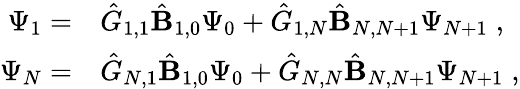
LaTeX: \begin{array}{rl}{\Psi_{1}=}&{{}{\hat{G}}_{1,1}\hat{\mathbf{B}}_{1,0}\Psi_{0}+{\hat{G}}_{1,N}\hat{\mathbf{B}}_{N,N+1}\Psi_{N+1}\; ,}\\ {\Psi_{N}=}&{{}{\hat{G}}_{N,1}\hat{\mathbf{B}}_{1,0}\Psi_{0}+{\hat{G}}_{N,N}\hat{\mathbf{B}}_{N,N+1}\Psi_{N+1}\; ,}\end{array}